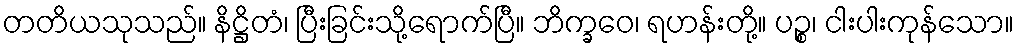
တတိယသုသည်။ နိဋ္ဌိတံ၊ ပြီးခြင်းသို့ရောက်ပြီ။ ဘိက္ခဝေ၊ ရဟန်းတို့။ ပဉ္စ၊ ငါးပါးကုန်သော။